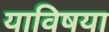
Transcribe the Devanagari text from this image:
याविषया